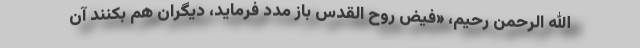
الله الرحمن رحیم، «فیض روح القدس باز مدد فرماید، دیگران هم بکنند آن